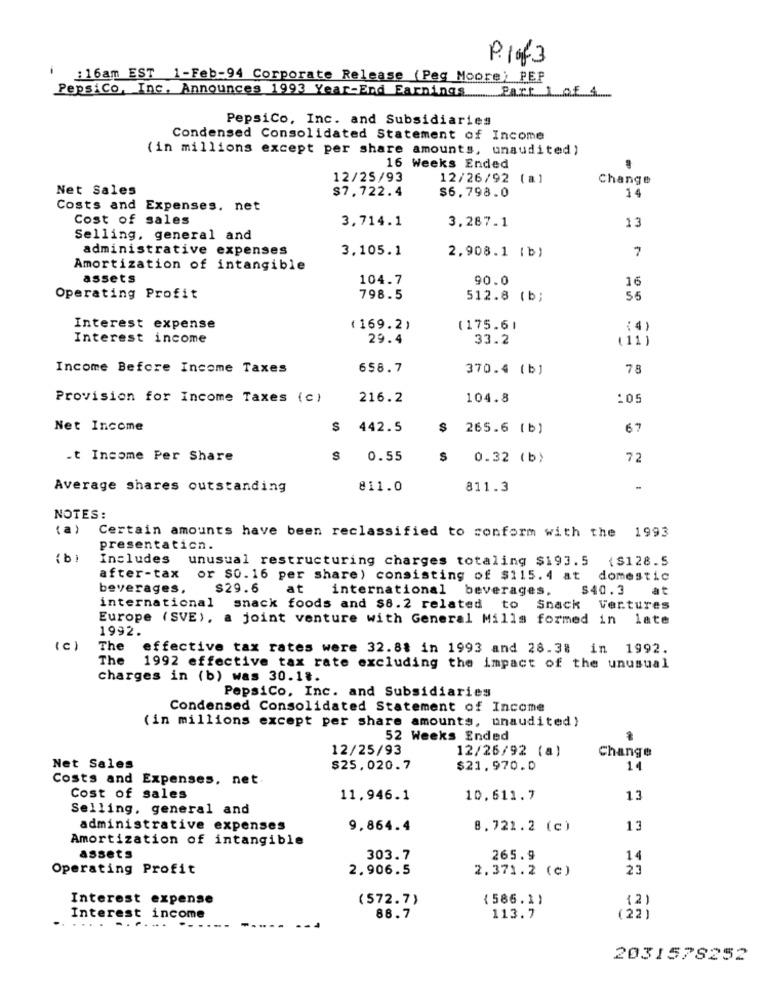
P.1of3
:16am EST 1-Feb-94 Corporate Release (Peg Moore) PEP
PepsiCo, Inc. Announces 1993 Year-End Earnings
Parti of 4
PepsiCo, Inc. and Subsidiaries
Condensed Consolidated Statement of Income
(in millions except per share amounts, unaudited)
16 Weeks Ended
12/25/93
12/26/92
( a )
Change
Net Sales
$7,722.4
$6.798.0
14
Costs and Expenses. net
Cost of sales
3,714.1
3.287.1
13
Selling, general and
administrative expenses
3,105.1
7
2,908.1 (b)
Amortization of intangible
assets
104.7
90.0
16
Operating Profit
798.5
512.8 (b;
56
Interest expense
(169.2)
(175.61
(4)
Interest income
29.4
33.2
(11)
Income Before Income Taxes
658.7
370.4 (b]
78
Provision for Income Taxes (c)
216.2
104.8
:05
Net Income
$ 442.5
S
265.6 (b)
67
.t Income Per Share
$ 0.55
S
0.32 (b)
72
Average shares outstanding
811.0
811.3
NOTES:
( a)
Certain amounts have been reclassified to conform with the 1993
presentaticn.
( b)
Includes
unusual restructuring charges totaling $193.5
{ $128.5
after-tax or $0.16 per share) consisting of $115.4 at domestic
beverages,
$29.6
at international beverages.
$40.3
at
international
snack foods and $8.2 related to Snack Vertures
Europe (SVE), a joint venture with General Mills formed in late
1992.
The
effective tax rates were 32.8$ in 1993 and 28.38 in 1992.
The
1992 effective tax rate excluding the impact of the unusual
charges in (b) was 30.18.
PepsiCo. Inc. and Subsidiaries
Condensed Consolidated Statement of Income
(in millions except per share amounts, unaudited}
52 Weeks Ended
12/25/93
12/26/92 (a)
Change
Net Sales
$25,020.7
$21.970.0
14
Costs and Expenses, net
Cost of sales
11.946.1
10.611.7
13
Selling, general and
administrative expenses
9,864.4
8.721.2 (c)
13
Amortization of intangible
assets
303.7
265.9
14
Operating Profit
2.906.5
2.371.2 (C)
23
Interest expense
(572.7)
(586.1)
(2)
.............
Interest income
88.7
113.7
(22)
2031578252